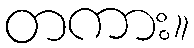
တကား။